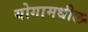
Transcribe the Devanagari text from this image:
योगामधील